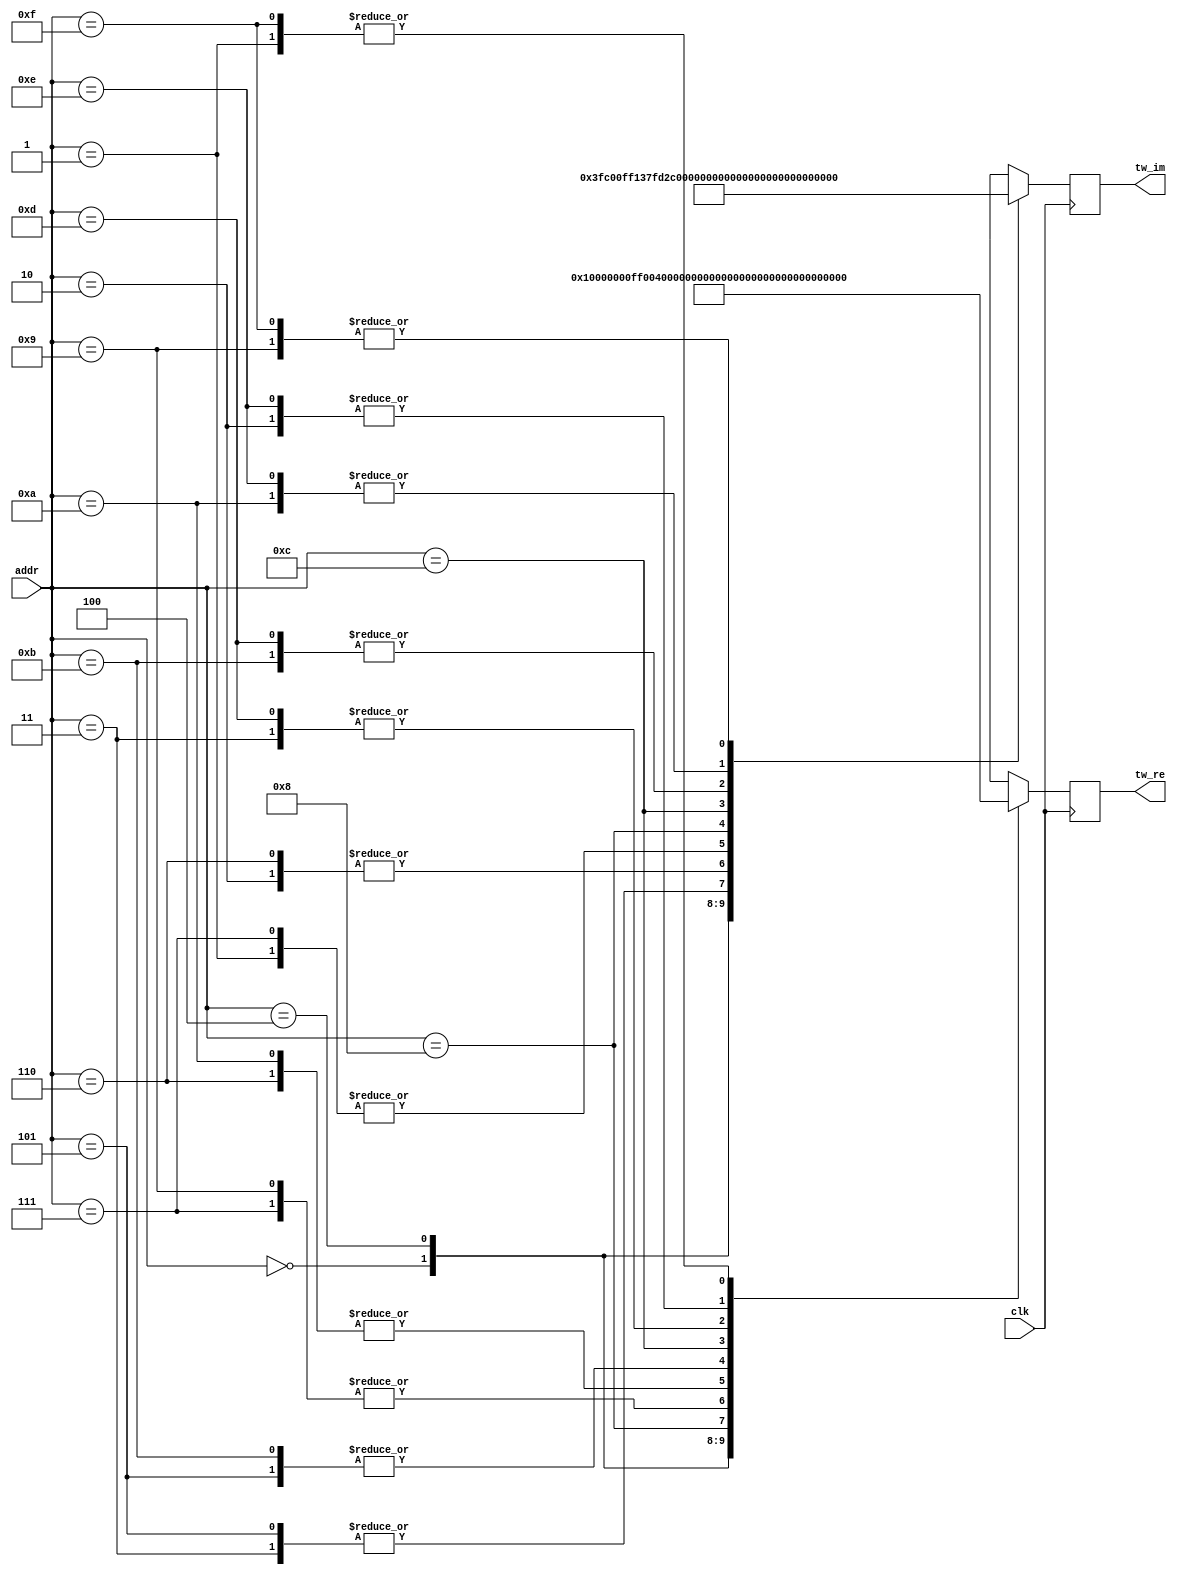
module Twiddle16 #(
    parameter   TW_FF = 1   //  Use Output Register
)(
    input           clk,  //  Master Clock
    input   [3:0]   addr,   //  Twiddle Factor Number
    output  [17:0]  tw_re,  //  Twiddle Factor (Real)
    output  [17:0]  tw_im   //  Twiddle Factor (Imag)
);

wire[17:0]  wn_re[0:15];   //  Twiddle Table (Real)
wire[17:0]  wn_im[0:15];   //  Twiddle Table (Imag)
wire[17:0]  mx_re;          //  Multiplexer output (Real)
wire[17:0]  mx_im;          //  Multiplexer output (Imag)
reg [17:0]  ff_re;          //  Register output (Real)
reg [17:0]  ff_im;          //  Register output (Imag)

assign  mx_re = wn_re[addr];
assign  mx_im = wn_im[addr];

always @(posedge clk) begin
    ff_re <= mx_re;
    ff_im <= mx_im;
end

assign  tw_re = TW_FF ? ff_re : mx_re;
assign  tw_im = TW_FF ? ff_im : mx_im;
assign wn_re[0] = 18'b000000010000000000; assign wn_im[0] = 18'b000000000000000000; 
assign wn_re[1] = 18'b000000001110110010; assign wn_im[1] = 18'b111111111001111000; 
assign wn_re[2] = 18'b000000001011010100; assign wn_im[2] = 18'b111111110100101011; 
assign wn_re[3] = 18'b000000000110000111; assign wn_im[3] = 18'b111111110001001101; 
assign wn_re[4] = 18'b000000000000000000; assign wn_im[4] = 18'b111111110000000000; 
assign wn_re[5] = 18'b111111111001111000; assign wn_im[5] = 18'b111111110001001101; 
assign wn_re[6] = 18'b111111110100101011; assign wn_im[6] = 18'b111111110100101011; 
assign wn_re[7] = 18'b111111110001001101; assign wn_im[7] = 18'b111111111001111000; 
assign wn_re[8] = 18'b111111110000000000; assign wn_im[8] = 18'b111111111111111111; 
assign wn_re[9] = 18'b111111110001001101; assign wn_im[9] = 18'b000000000110000111; 
assign wn_re[10] = 18'b111111110100101011; assign wn_im[10] = 18'b000000001011010100; 
assign wn_re[11] = 18'b111111111001111000; assign wn_im[11] = 18'b000000001110110010; 
assign wn_re[12] = 18'b111111111111111111; assign wn_im[12] = 18'b000000010000000000; 
assign wn_re[13] = 18'b000000000110000111; assign wn_im[13] = 18'b000000001110110010; 
assign wn_re[14] = 18'b000000001011010100; assign wn_im[14] = 18'b000000001011010100; 
assign wn_re[15] = 18'b000000001110110010; assign wn_im[15] = 18'b000000000110000111; 

endmodule